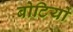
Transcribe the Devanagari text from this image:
बोटियों